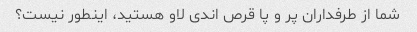
شما از طرفداران پر و پا قرص اندی لاو هستید، اینطور نیست؟